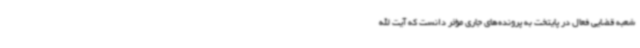
شعبه قضایی فعال در پایتخت به پرونده‌های جاری مؤثر دانست که آیت الله